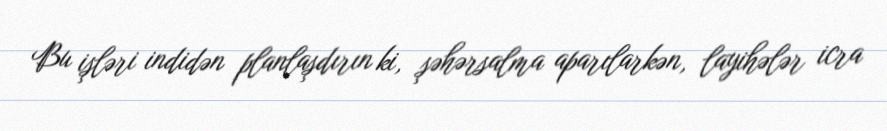
Bu işləri indidən planlaşdırın ki, şəhərsalma aparılarkən, layihələr icra